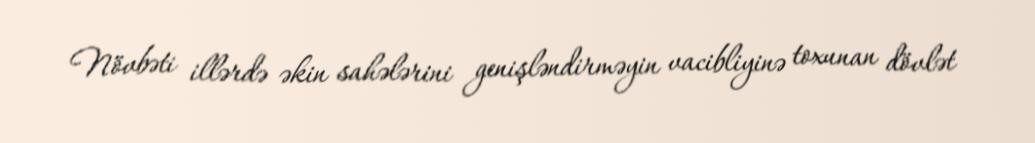
Növbəti illərdə əkin sahələrini genişləndirməyin vacibliyinə toxunan dövlət